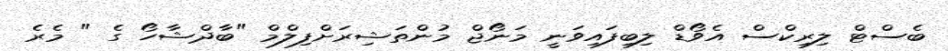
ބެސްޓް ލިރިކްސް އެވޯޑް ލިބިފައިވަނީ މަނޯޖް މުންތަޝިރަށްފިލްމް "ބާދްޝާހޯ ގެ " މެރެ